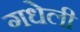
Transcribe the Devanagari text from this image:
गधेली